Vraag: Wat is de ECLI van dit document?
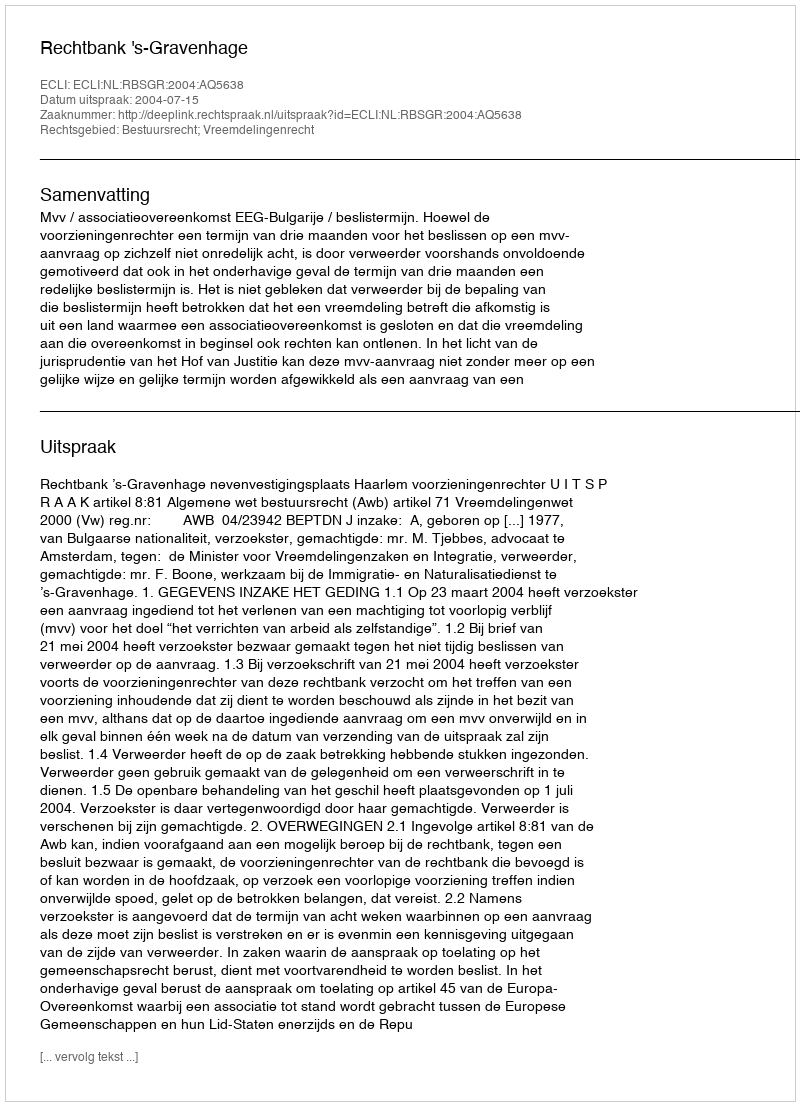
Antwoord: ECLI:NL:RBSGR:2004:AQ5638